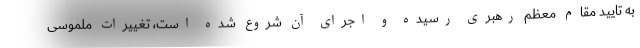
به تایید مقام معظم رهبری رسیده و اجرای آن شروع شده است، تغییرات ملموسی